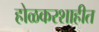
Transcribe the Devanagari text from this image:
होळकरशाहीत